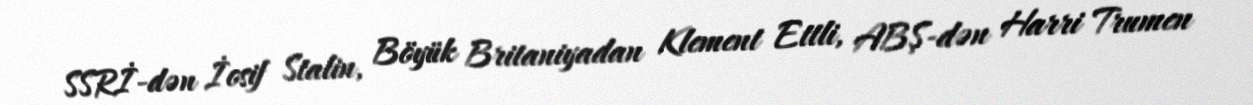
SSRİ-dən İosif Stalin, Böyük Britaniyadan Klement Ettli, ABŞ-dən Harri Trumen